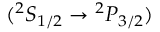
{ ( ^ { 2 } S _ { 1 / 2 } \rightarrow { ^ 2 P _ { 3 / 2 } ) } }